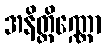
အနိတ္တိဏ္ဏော